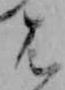
は